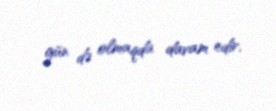
gün də olmaqda davam edir.